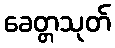
ခေတ္တသုတ်